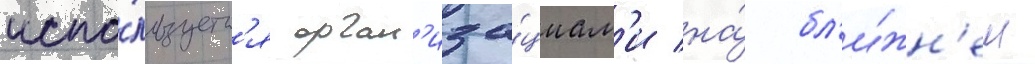
испо́льзуетс'я орган'иза́циам'и на́ бл'и́жн'ем